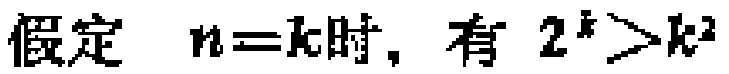
假定 \(n = k\) 时，有 \(2^{k} > k^{2}\)